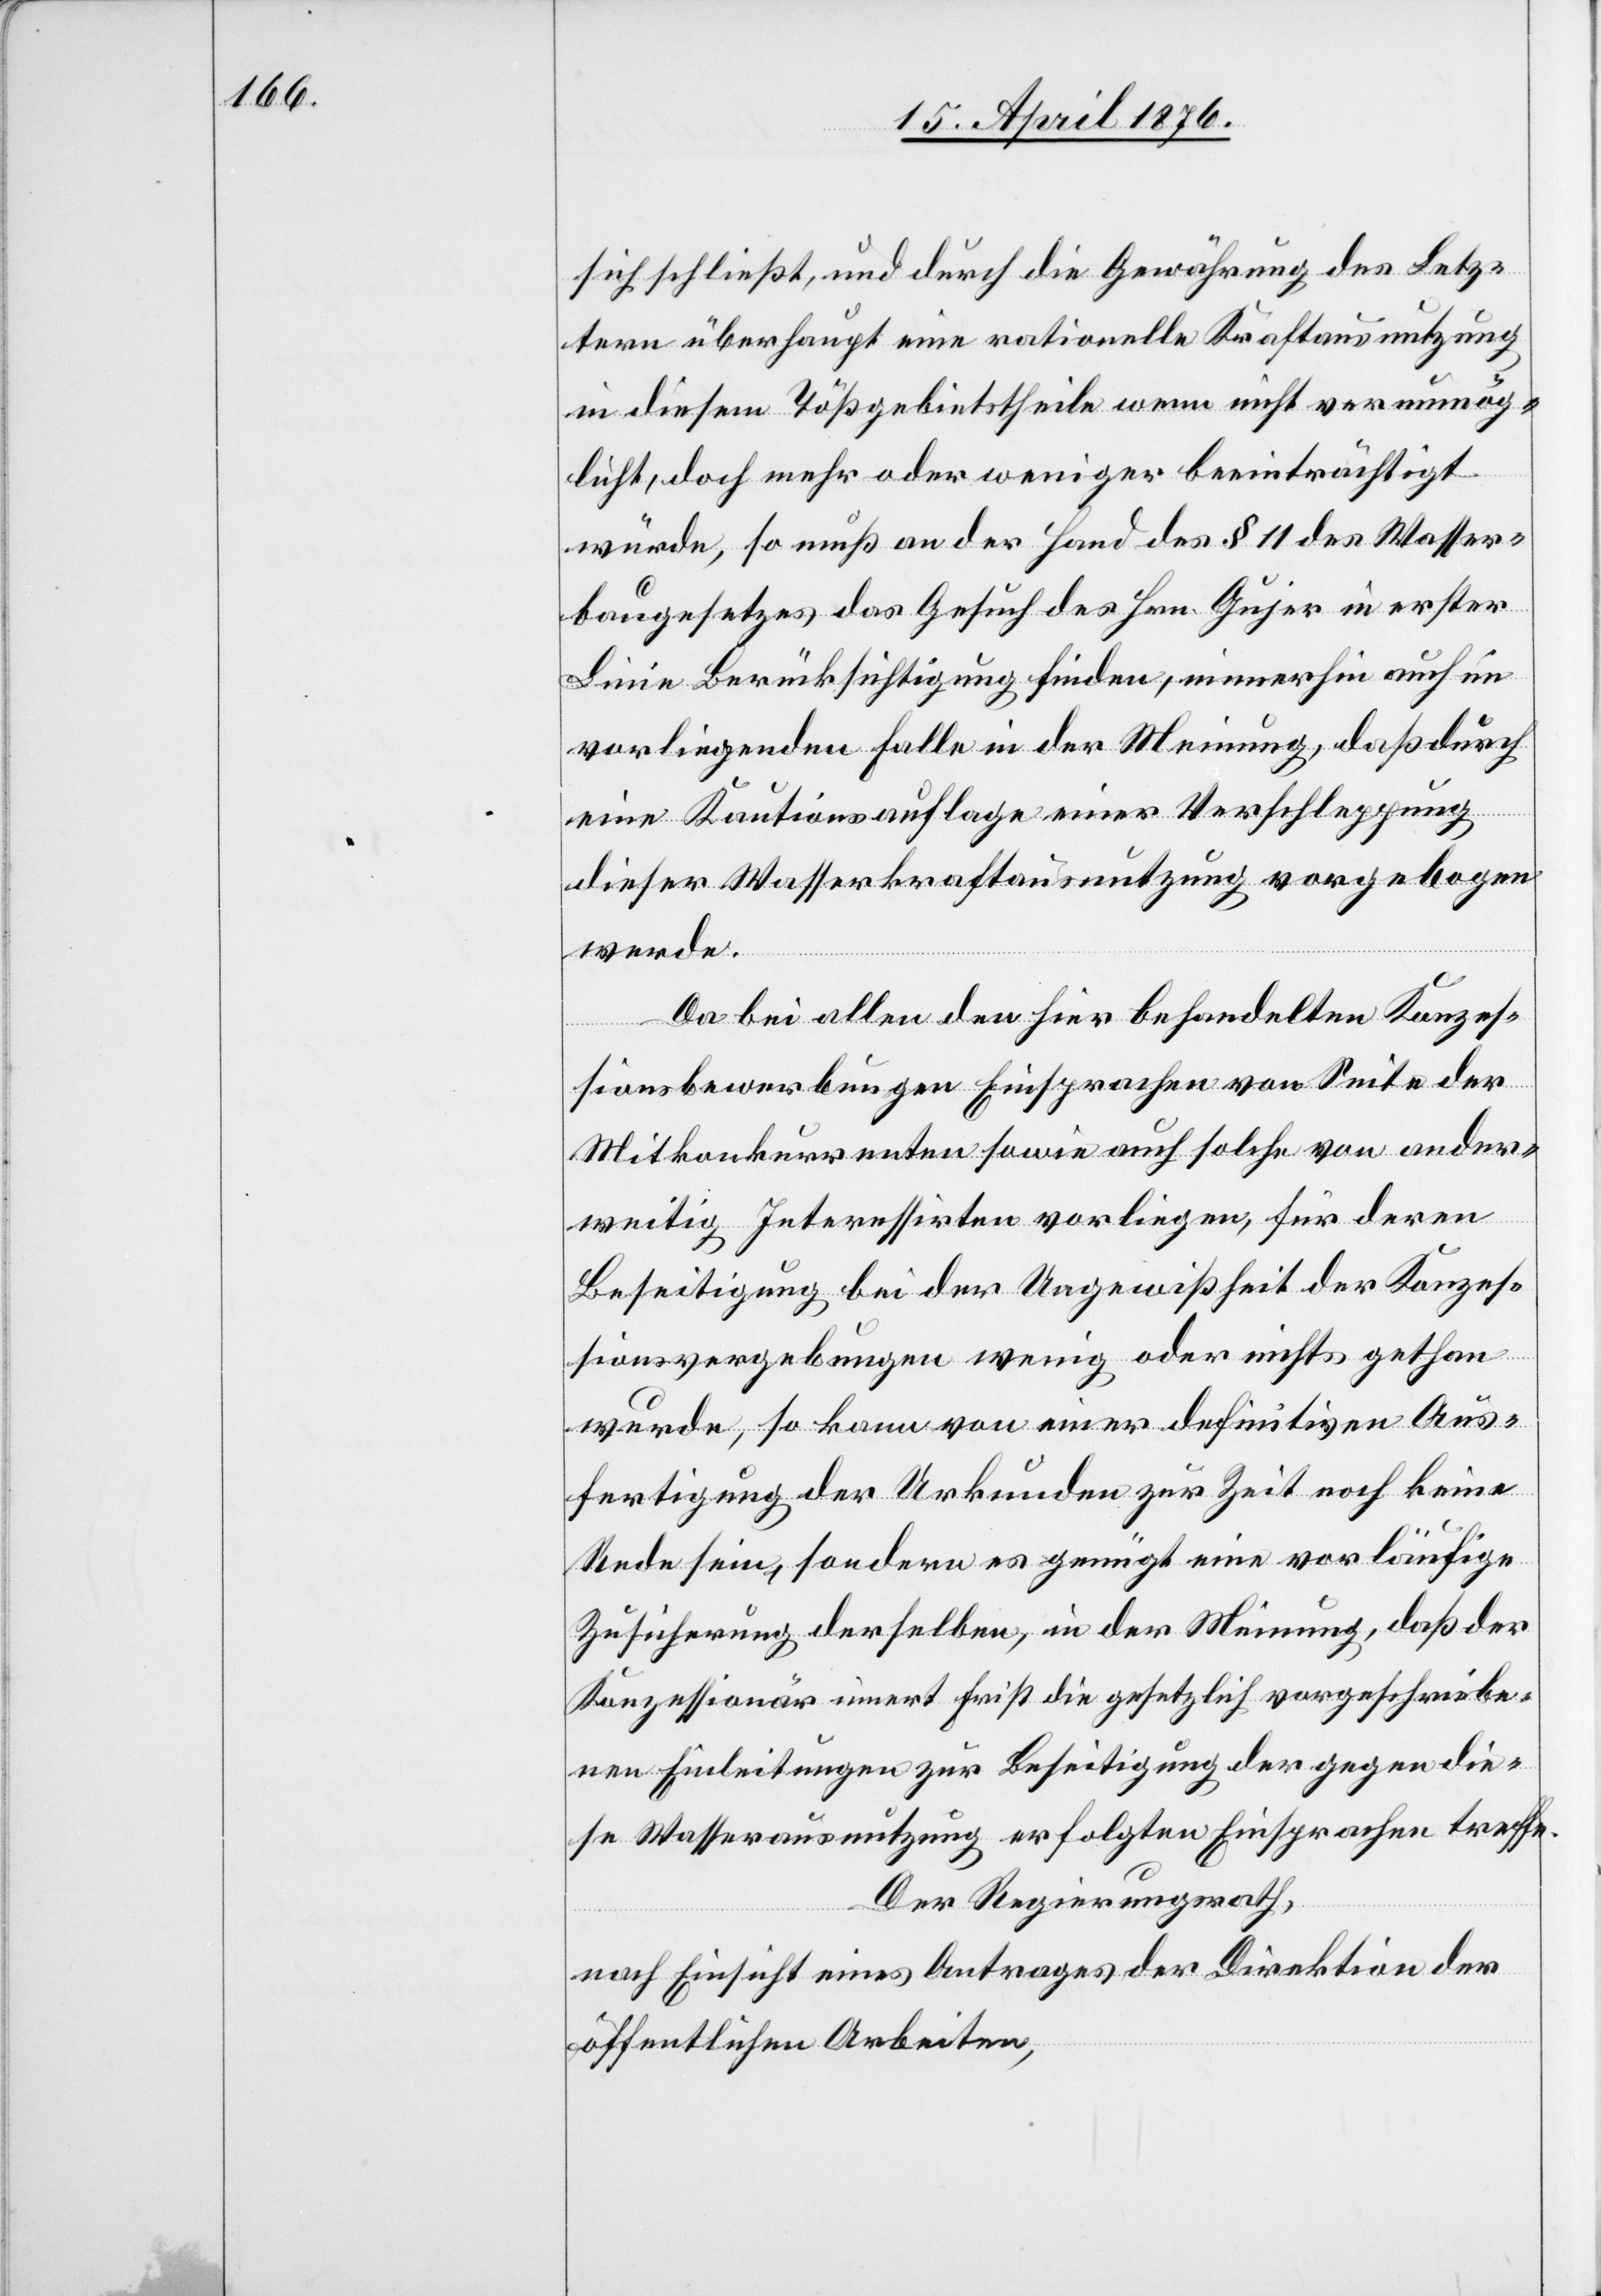
sich schließt, und durch die Gewährung des Letz¬
tern überhaupt eine rationelle Kraftausnutzung
in diesem Tößgebietstheile wenn nicht verunmög¬
licht, doch mehr oder weniger beeinträchtigt
würde, so muß an der Hand des § 11 des Wasser¬
baugesetzes das Gesuch des Hrn. Gujer in erster
Linie Berücksichtigung finden, immerhin auch im
vorliegenden Falle in der Meinung, daß durch
eine Kautionsauflage einer Verschleppung
dieser Wasserkraftausnutzung vorgebogen
werde.
Da bei allen den hier behandelten Konzes¬
sionsbewerbungen Einsprachen von Seite der
Mitkonkurrenten sowie auch solche von ander¬
weitig Interessierten vorliegen, für deren
Beseitigung bei der Ungewißheit der Konzes¬
sionsvergebungen wenig oder nichts gethan
wurde, so kann von einer definitiven Aus¬
fertigung der Urkunde zur Zeit noch keine
Rede sein, sondern es genügt eine vorläufige
Zusicherung derselben, in der Meinung, daß der
Konzessionär innert Frist die gesetzlich vorgeschriebe¬
nen Einleitungen zur Beseitigung der gegen die¬
se Wasserausnutzung erfolgten Einsprachen treffe.
Der Regierungsrath,
nach Einsicht eines Antrages der Direktion der
öffentlichen Arbeiten,